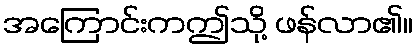
အကြောင်းကဤသို့ ဖန်လာ၏။